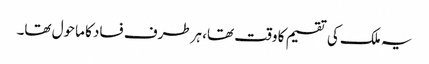
یہ ملک کی تقسیم کا وقت تھا، ہرطرف فساد کا ماحول تھا۔